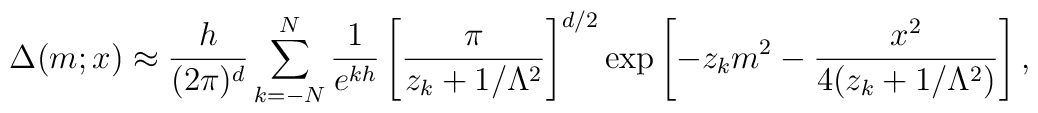
\Delta(m;x) \approx \frac{h}{(2\pi)^d} \sum_{k=-N}^{N} \frac{1}{e^{kh}} \left[\frac{\pi}{z_k+1/\Lambda^2}\right]^{d/2}\exp\left[-z_km^2 - \frac{x^2}{4(z_k+1/\Lambda^2)}\right],